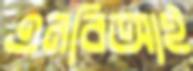
এনবিআই